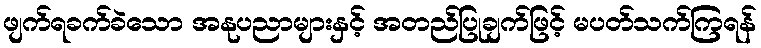
ဖျက်ရခက်ခဲသော အနုပညာများနှင့် အတည်ပြုချက်ဖြင့် မပတ်သက်ကြရန်